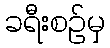
ခရီးစဉ်မှ